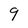
Character: g